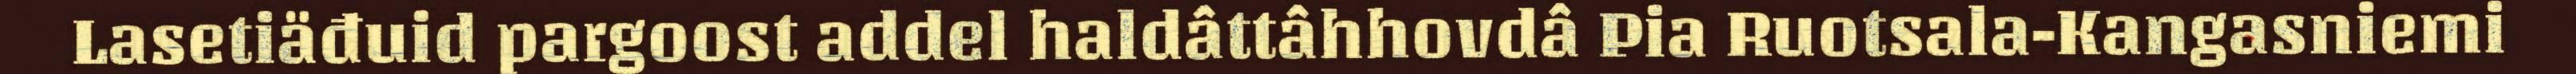
Lasetiäđuid pargoost addel haldâttâhhovdâ Pia Ruotsala-Kangasniemi